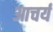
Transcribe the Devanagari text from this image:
आचर्य